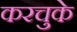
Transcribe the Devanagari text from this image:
करचुके